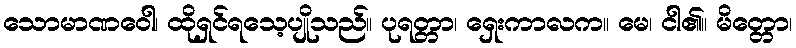
သောမာဏဝေါ၊ ထိုရှင်ရသေ့ပျိုသည်။ ပုရတ္တာ၊ ရှေးကာလက။ မေ၊ ငါ၏။ မိတ္တော၊